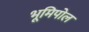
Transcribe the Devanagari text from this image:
भूमिपोल